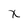
Character: X